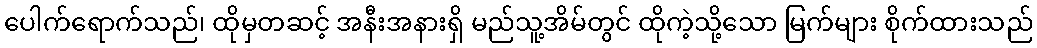
ပေါက်ရောက်သည်၊ ထိုမှတဆင့် အနီးအနားရှိ မည်သူ့အိမ်တွင် ထိုကဲ့သို့သော မြက်များ စိုက်ထားသည်